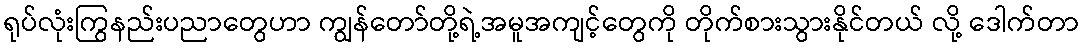
ရုပ်လုံးကြွနည်းပညာတွေဟာ ကျွန်တော်တို့ရဲ့အမူအကျင့်တွေကို တိုက်စားသွားနိုင်တယ် လို့ ဒေါက်တာ